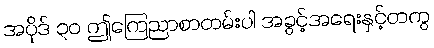
အပိုဒ် ၃၀ ဤကြေညာစာတမ်းပါ အခွင့်အရေးနှင့်တကွ